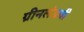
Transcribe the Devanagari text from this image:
ग्रीनलंडची